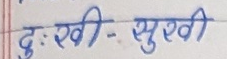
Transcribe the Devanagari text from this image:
दुःखी - सुखी